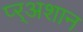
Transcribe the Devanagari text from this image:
प्र्‍अशान